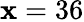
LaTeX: \mathbf{x}=36